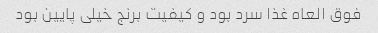
فوق العاه غذا سرد بود و کیفیت برنج خیلی پایین بود